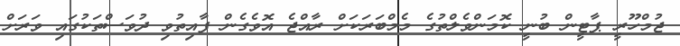
ޖުމްހޫރީ ޕާޓީން ބުނީ ކޮމަންވެލްތުގެ މެމްބަރަކަށް ރާއްޖެ އޮވެގެން ފާއިތުވި ދުވަސްތަކުގައި ވަރަށް